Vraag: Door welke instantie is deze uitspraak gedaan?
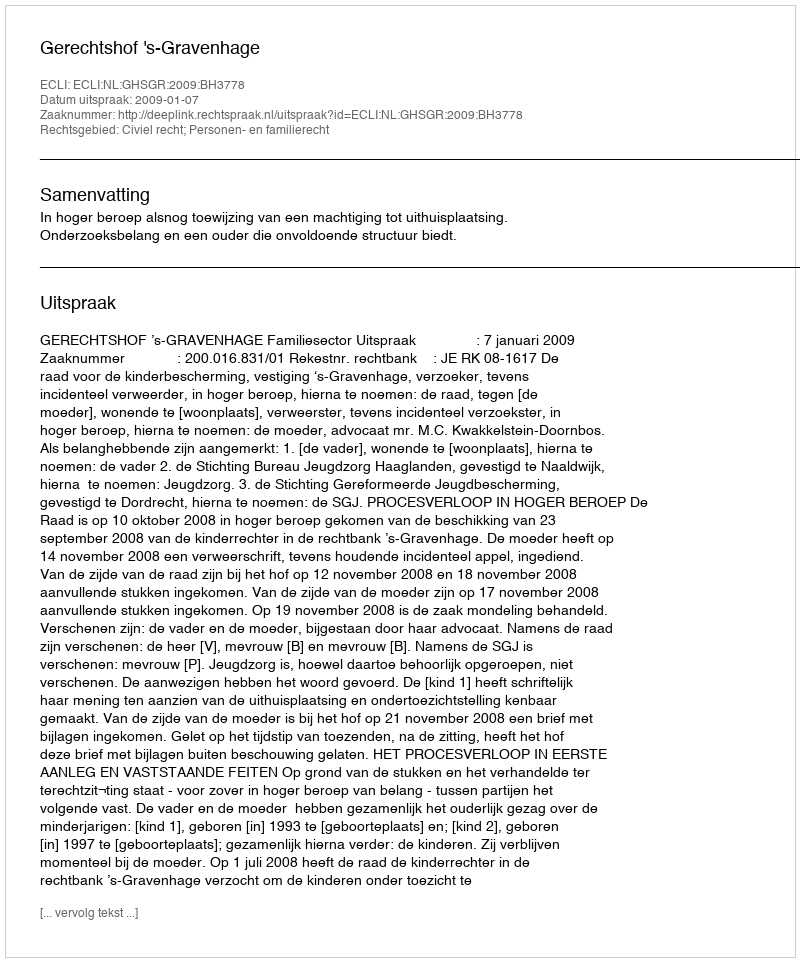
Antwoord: Gerechtshof 's-Gravenhage